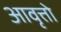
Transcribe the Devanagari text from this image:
आवृत्तो